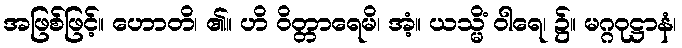
အဖြစ်ဖြင့်။ ဟောတိ၊ ၏။ ဟိ ဝိတ္တာရေမိ၊ အံ့။ ယသ္မိံ ဝါရေ၊ ၌။ မဂ္ဂဝုဋ္ဌာနံ၊